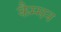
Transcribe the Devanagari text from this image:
कैम्मन